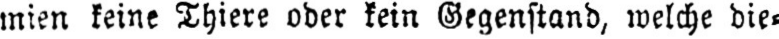
mien keine Thiere oder kein Gegenstand, welche die⸗